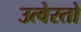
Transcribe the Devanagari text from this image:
उत्वेरतो